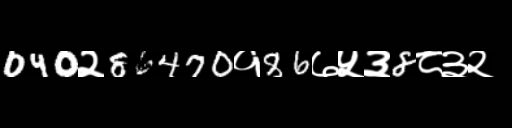
Text: 040२86470१86७५३8८३२